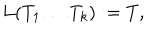
L ( T _ { 1 } \dots T _ { k } ) : = T ,